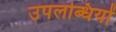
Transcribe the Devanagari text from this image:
उपलब्धियों